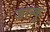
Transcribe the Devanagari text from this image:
जान्कू